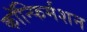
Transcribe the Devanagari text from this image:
कॉन्फिर्मशन